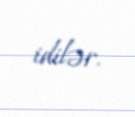
idilər.